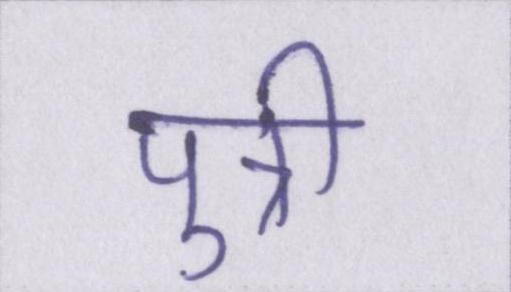
पुत्री